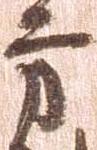
方